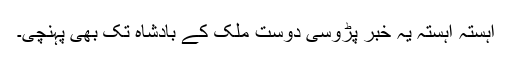
آہستہ آہستہ یہ خبر پڑوسی دوست ملک کے بادشاہ تک بھی پہنچی۔